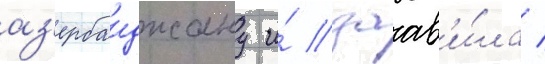
аз'ербаиджану и́ заав'и́ла /